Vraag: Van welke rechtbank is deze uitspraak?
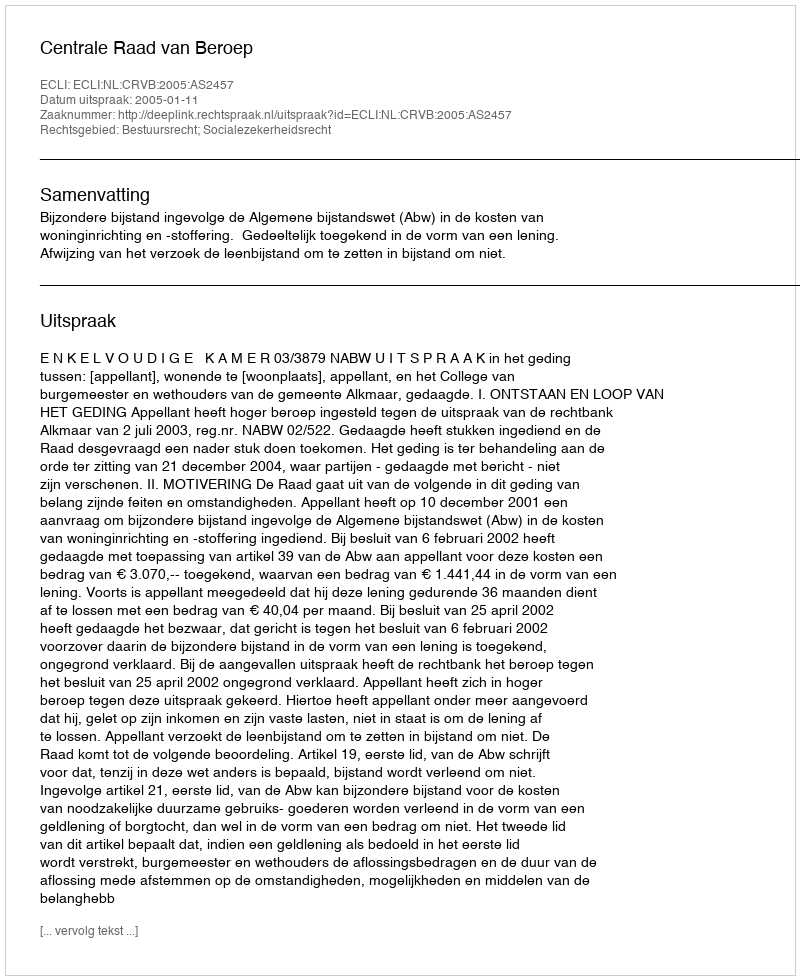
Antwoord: Centrale Raad van Beroep